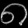
Digit: ၈